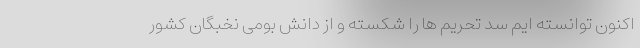
اکنون توانسته ایم سد تحریم ها را شکسته و از دانش بومی نخبگان کشور